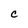
Character: C